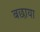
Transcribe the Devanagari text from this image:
बछाया